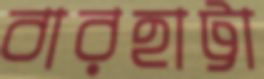
বারহাট্টা